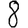
Digit: 8